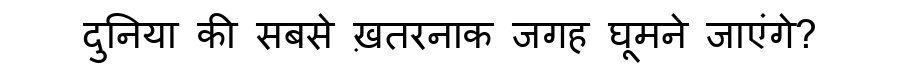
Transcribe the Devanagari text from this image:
दुनिया की सबसे ख़तरनाक जगह घूमने जाएंगे?